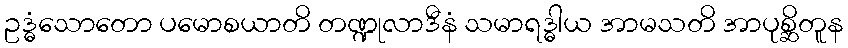
ဥဒ္ဓံသောတော ပမောစယာတိ တဏ္ဍုလာဒီနံ သမာရဒ္ဓါယ အာမသတိ အာပုစ္ဆိတူန